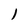
Character: 1